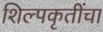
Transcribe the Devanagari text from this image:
शिल्पकृतींचा